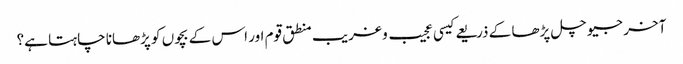
آخر جیو چل پڑھا کے ذریعے کیسی عجیب و غریب منطق قوم اور اس کے بچوں کو پڑھانا چاہتا ہے؟